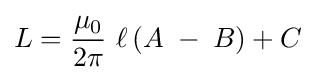
L={\frac {\mu _{0}}{2\pi }}\ \ell \left(A\;-\;B\right)+C